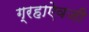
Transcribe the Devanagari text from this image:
ग्रहाऐवजी